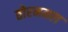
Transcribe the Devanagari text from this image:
तोरनमल